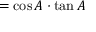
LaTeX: = \cos A \cdot \tan A